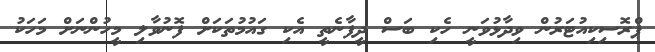
ޕްރޮސިކިއުޓަރުން ވިދާޅުވަނީ ހެކި ބަސް ދީފާނެތީ އެކި ގައުމުތަކަށް ފޮނުވާލި މީހުންނަށް މަހަކު